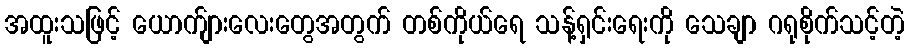
အထူးသဖြင့် ယောက်ျားလေးတွေအတွက် တစ်ကိုယ်ရေ သန့်ရှင်းရေးကို သေချာ ဂရုစိုက်သင့်တဲ့